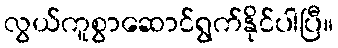
လွယ်ကူစွာဆောင်ရွက်နိုင်ပါပြီ။